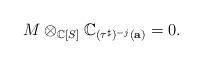
LaTeX: \begin{align*}M \otimes_{\mathbb{C}[S]} \mathbb{C}_{(\tau^{\sharp})^{-j}(\textbf{a})} = 0.\end{align*}